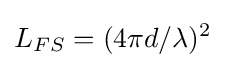
L_{FS}=(4\pi d/\lambda )^{2}